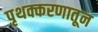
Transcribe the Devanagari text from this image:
पृथक्करणातून